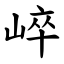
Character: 崪